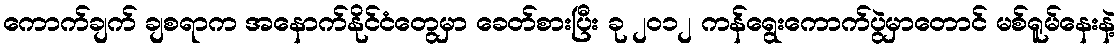
ကောက်ချက် ချစရာက အနောက်နိုင်ငံတွေမှာ ခေတ်စားပြီး ခု ၂၀၁၂ ကန်ရွေးကောက်ပွဲမှာတောင် မစ်ရူမ်နေးနဲ့